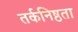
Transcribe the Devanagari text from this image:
तर्कनिष्ठता